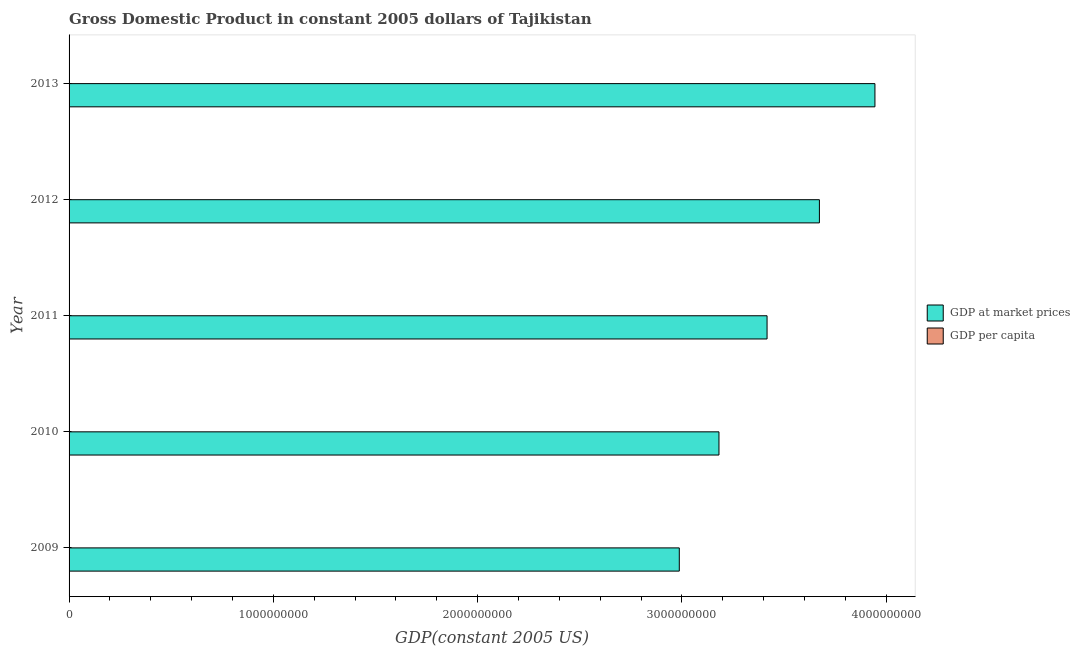
| Year | GDP at market prices | GDP per capita |
 | --- | --- | --- |
 | 2009 | 2.99e+09 | 403 |
 | 2010 | 3.18e+09 | 420 |
 | 2011 | 3.42e+09 | 441 |
 | 2012 | 3.67e+09 | 463 |
 | 2013 | 3.94e+09 | 486 |